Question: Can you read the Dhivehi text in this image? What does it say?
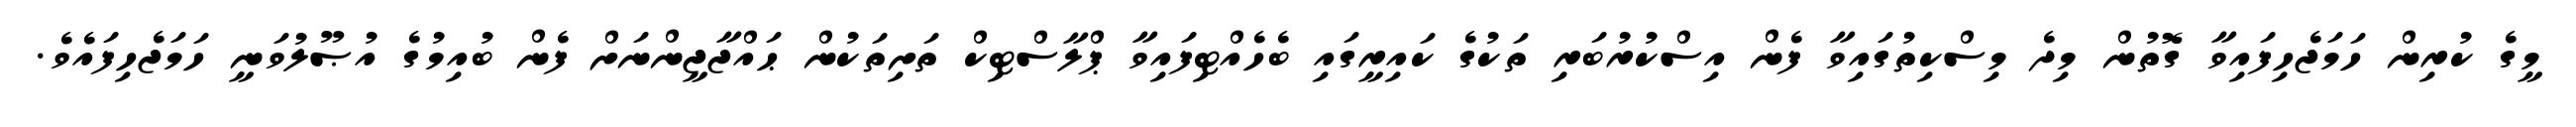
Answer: މީގެ ކުރިން ހަމަޖެހިފައިވާ ގޮތުން މިދެ މިސްކިތުގައިވާ ފެން އިސްކުރުބަރި ތަކުގެ ކައިރީގައި ބެހެއްޓިފައިވާ ޕްލާސްޓިކް ތަށިތަކުން ޙައްޖާޖީންނަށް ފެން ބުއިމުގެ އުޞޫލުވަނީ ހަމަޖެހިފައެވެ.